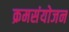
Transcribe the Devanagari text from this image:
क्रमसंयोजन